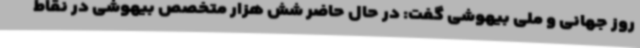
روز جهانی و ملی بیهوشی گفت: در حال حاضر شش هزار متخصص بیهوشی در نقاط